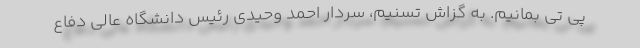
پی تی بمانیم. به گزاش تسنیم، سردار احمد وحیدی رئیس دانشگاه عالی دفاع